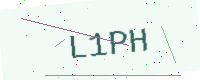
Text: L1PH